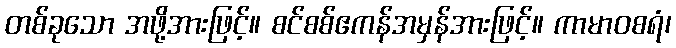
တစ်ခုသော အဖို့အားဖြင့်။ စင်စစ်ဧကန်အမှန်အားဖြင့်။ ကာမာဝစရံ၊